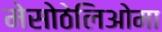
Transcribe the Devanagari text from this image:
मेसोठेलिओमा